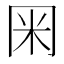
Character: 𭁨